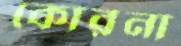
কোরনা